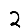
Digit: 2